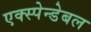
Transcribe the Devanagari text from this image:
एक्स्पेन्डेबल